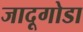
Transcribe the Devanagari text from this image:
जादूगोडा